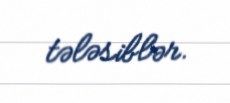
tələsiblər.